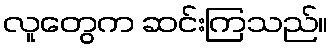
လူတွေက ဆင်းကြသည်။